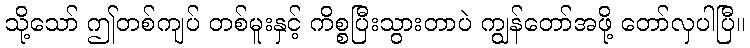
သို့သော် ဤတစ်ကျပ် တစ်မူးနှင့် ကိစ္စပြီးသွားတာပဲ ကျွန်တော်အဖို့ တော်လှပါပြီ။